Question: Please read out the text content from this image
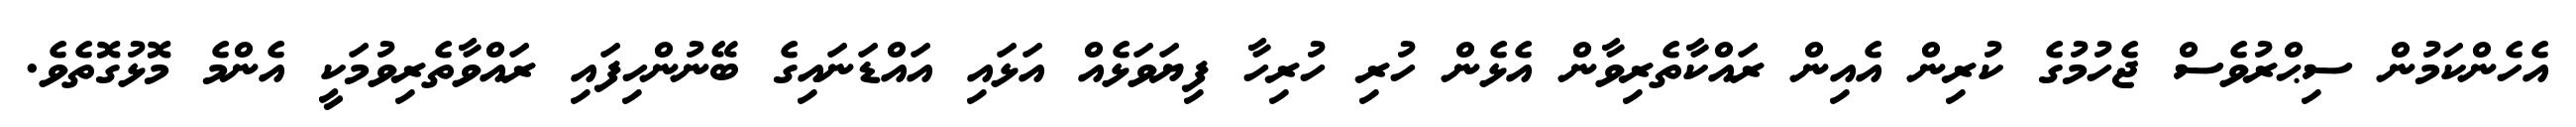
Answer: އެހެންކަމުން ސިޙްރުވެސް ޖެހުމުގެ ކުރިން އެއިން ރައްކާތެރިވާން އެޅެން ހުރި ހުރިހާ ފިޔަވަޅެއް އަޅައި އައްޑަނައިގެ ބޭނުންހިފައި ރައްވާތެރިވުމަކީ އެންމެ މޮޅުގޮތެވެ.